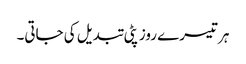
ہر تیسرے روز پٹی تبدیل کی جاتی۔